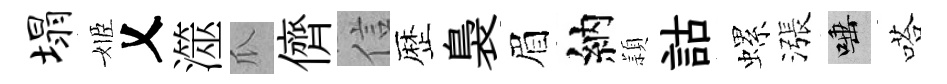
塌姬乂澨瓜儕信歴裊眉納頴詁螺漲唾嗒